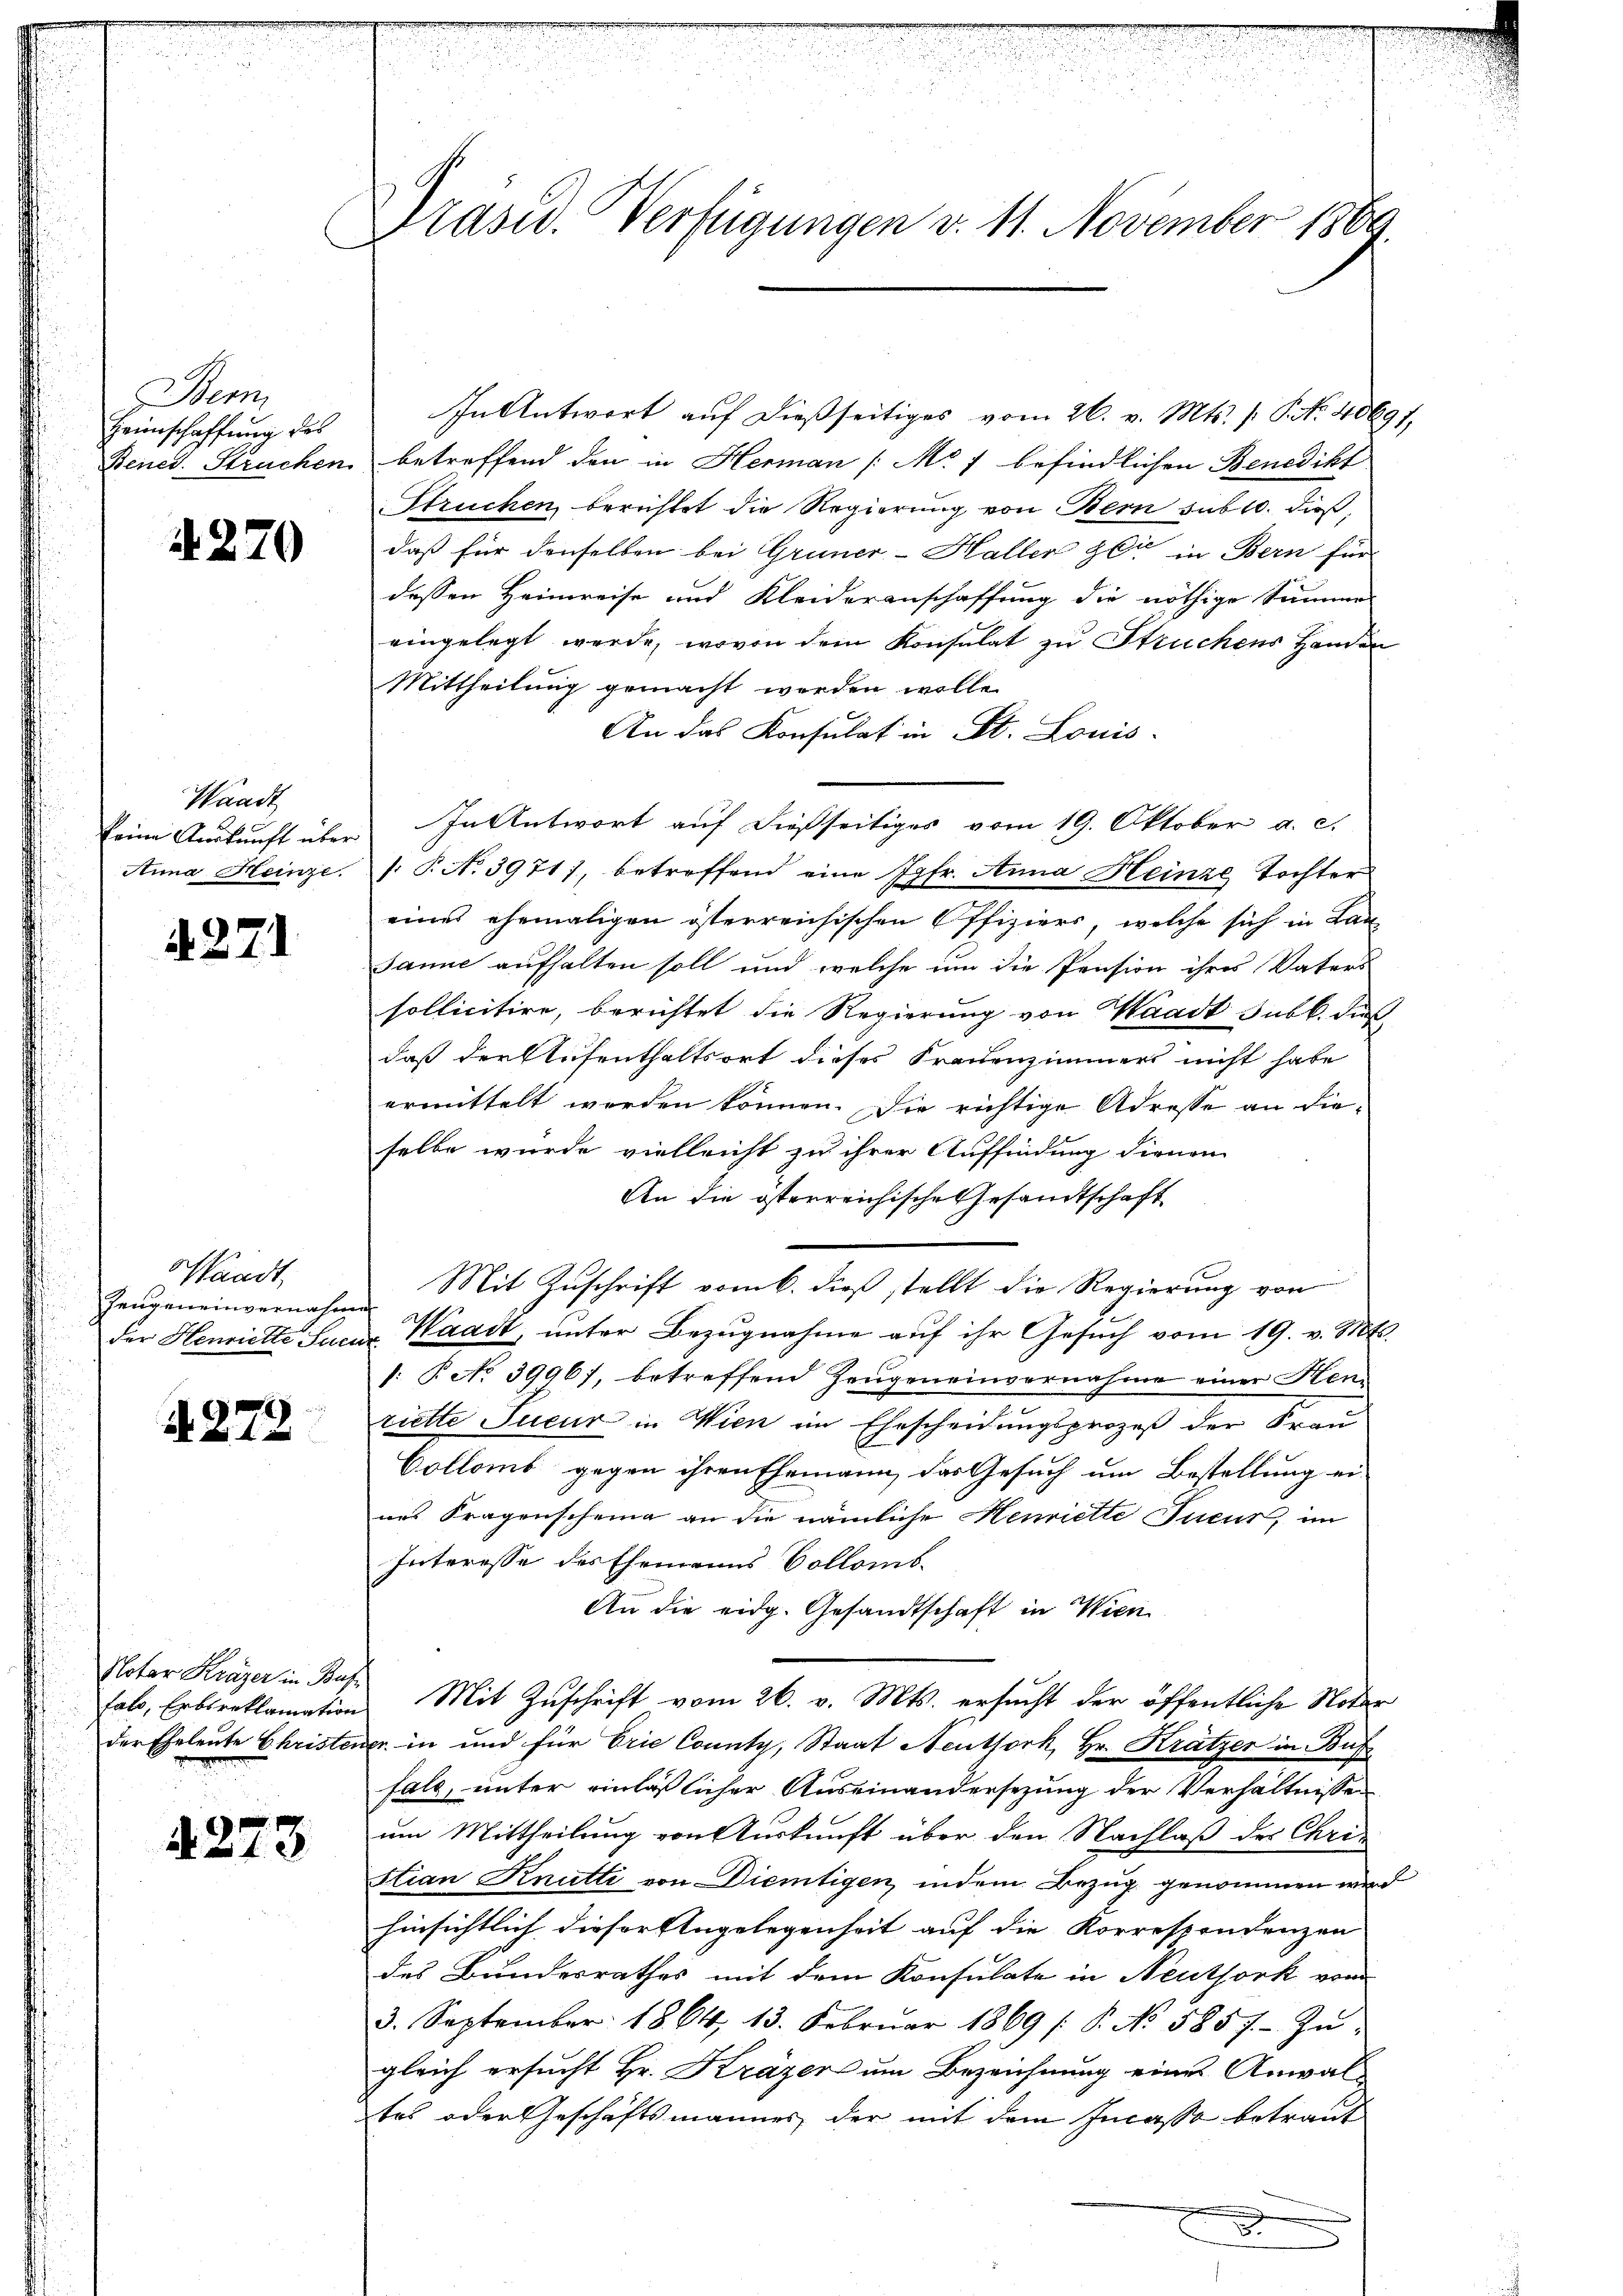
Stem
Heimschaffung des
Beiied. Struchen

4. 270

Waadt
keine Auskunft über
Anna Heinze

4271

Waadt,
Zeugeneinvernahme
der Henriette Suen

A 278

Notar Kräger in Bus
falo, Erbsreklamation
der Eheleute Christen

d. 273

Präsid. Verfügungen v. 11. November 1889.

In Antwort aŭf dießseitiges vom 26. v. Mts. /: P. Nr. 40691,
betreffend den in Herman [Mr 7 befindlichen Benedikt
Struchen berichtet die Regierung von Bern sub 10. dieß,
daß für denselben bei Gruner-Haller gli in Bern für
dessen Heimreise und Kleideranschaffung die nöthige Summe
eingelegt werde, wovon dem Konsulat zu Struchens Handen
Mittheilung gemacht worden wolle.
An das Konsulat in St. Louis-
In Antwort auf dießseitiges vom 19. Oktober a. c.
: P. No 3971), betreffend eine Jgfr. Anna Heinze Tochter
eines ehemaligen österreichischen Offiziers, welche sich in Lan
Janie aufhalten soll und welche um die Pension ihres Vaters
sollicitire, berichtet die Regierung von Waadt subk. dies
daß der Aufenthaltsort dieses Frauenzimmers nicht habe
ermittelt werden können. Die richtige Adresse an dieselbe wurde vielleicht zu ihrer Auffindung dienen
An die österreichische Gesandtschaft
Mit Zuschrift vom 6. dieß stellt die Regierung von
Waadt, unter Bezugnahme auf ihr Gesuch vom 19. v. Mts.
1: P. No 3996), betreffend Zeugeneinvernahme einer Hen-
riette Sueur in Wien im Ehescheidungsprozeß der Frau
Collamt gegen ihren Ehemann das Gesuch um Bestellung ei-
nes Fragenscheine an die nämliche Henriette Tucus, im
Interesse des Ehemanns Collomb
An die eidg. Gesandtschaft in Wien
Mit Zuschrift vom 26. v. Mts. ersucht der öffentliche Notar
 in und für brie County, Staat Neuthork, Hr. Krätzer in Bus
fall, unter einläßlicher Auseinandersezung der Verhältnissen
um Mittheilung von Auskunft über den Nachlaß des Chris
stian Knutti von Dientigen, indem Bezug genommen wird
hinsichtlich dieser Angelegenheit auf die Korrespondenzen
des Bundesrathes mit dem Konsulate in Neuthork vom
3. September 1864, 13. Febrŭar 1869 /: P. No. 585 f. - Zŭ-
gleich ersucht Hr. Kräger um Bezeichnung eines Anwal-
tes oder Geschäftsmannes, der mit dem Incasse betraut
.